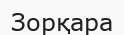
Зорқара